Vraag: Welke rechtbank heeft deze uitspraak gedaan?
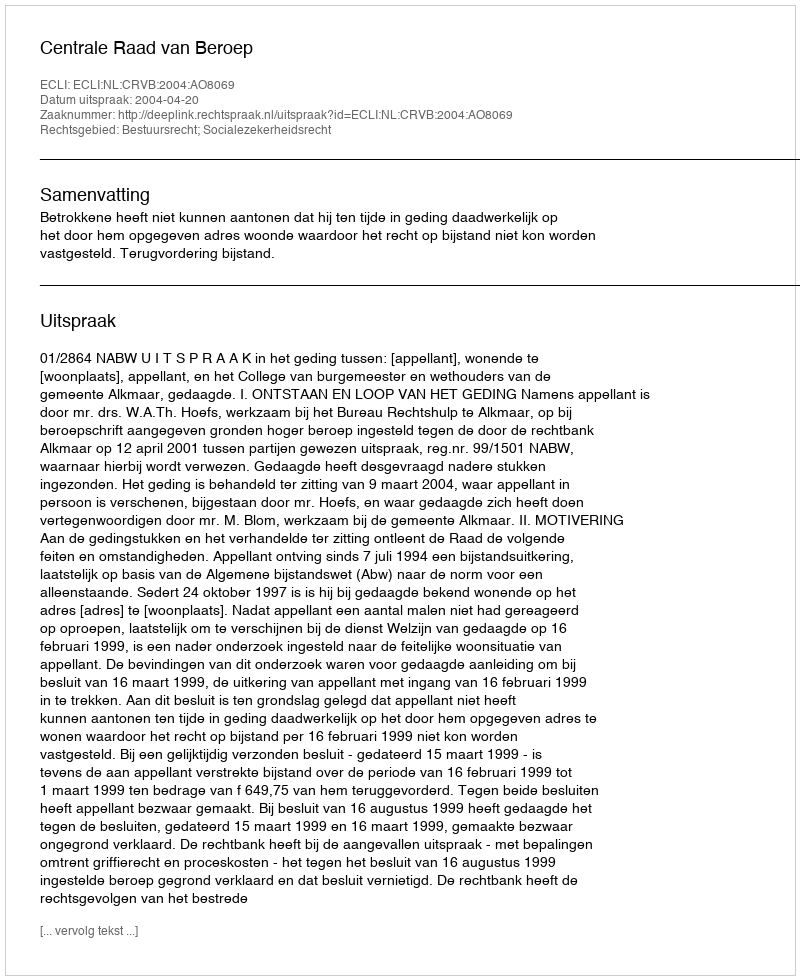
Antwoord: Centrale Raad van Beroep